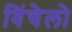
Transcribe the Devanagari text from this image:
विंचेलो